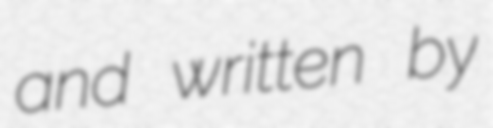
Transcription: and written by